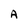
Character: A